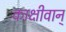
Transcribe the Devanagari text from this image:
काक्षीवान्